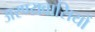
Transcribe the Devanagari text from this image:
अरण्यवासियों